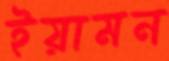
ইয়ামন